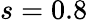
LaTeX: s=0.8